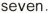
seven.